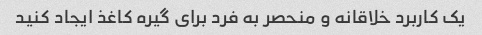
یک کاربرد خلاقانه و منحصر به فرد برای گیره کاغذ ایجاد کنید